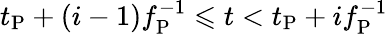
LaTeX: t_{\mathrm{P}}+(i-1)f_{\mathrm{P}}^{-1}\leqslant t<t_{\mathrm{P}}+if_{\mathrm{P}}^{-1}